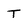
Character: T